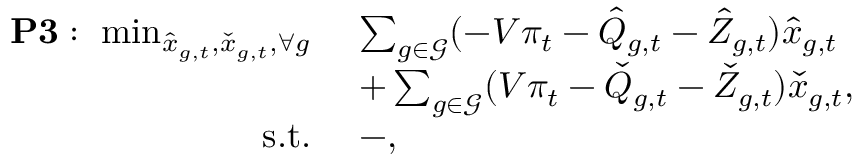
\begin{array} { r l } { \mathbf { P 3 } : ~ \operatorname* { m i n } _ { \hat { x } _ { g , t } , \check { x } _ { g , t } , \forall g } ~ } & { \sum _ { g \in { \mathcal { G } } } ( - V \pi _ { t } - \hat { Q } _ { g , t } - \hat { Z } _ { g , t } ) \hat { x } _ { g , t } } \\ & { + \sum _ { g \in { \mathcal { G } } } ( V \pi _ { t } - \check { Q } _ { g , t } - \check { Z } _ { g , t } ) \check { x } _ { g , t } , } \\ { \mathrm { s . t . } ~ } & { - , } \end{array}